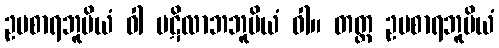
ဥပစာရဘူမိယံ ဝါ ပဋိလာဘဘူမိယံ ဝါ။ တတ္ထ ဥပစာရဘူမိယံ